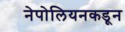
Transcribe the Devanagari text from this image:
नेपोलियनकडून